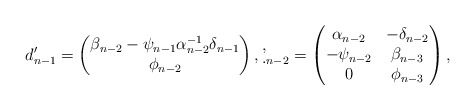
\begin{align*}d'_{n-1}=\begin{pmatrix}\beta_{n-2}-\psi_{n-1}\alpha_{n-2}^{-1} \delta_{n-1}\\\phi_{n-2}\end{pmatrix}, \d'_{n-2}=\begin{pmatrix}\alpha_{n-2} &-\delta_{n-2}\\-\psi_{n-2} &\beta_{n-3}\\0 & \phi_{n-3}\end{pmatrix},\end{align*}